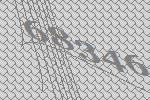
68346